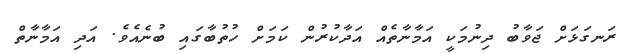
ރަނގަޅަށް ޖަވާބު ދިނުމަކީ އަމާނާތެއް އަދާކުރުން ކަމަށް ހުތުބާގައި ބުނެއެވެ. އަދި އަމާނާތް